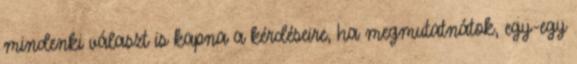
mindenki választ is kapna a kérdéseire, ha megmutatnátok, egy-egy